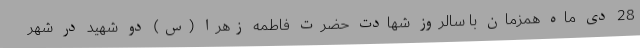
28 دی ماه همزمان با سالروز شهادت حضرت فاطمه زهرا (س) دو شهید در شهر